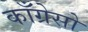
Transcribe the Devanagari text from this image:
काँग्रेसो